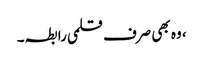
، وہ بھی صرف قلمی رابطہ۔